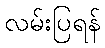
လမ်းပြရန်